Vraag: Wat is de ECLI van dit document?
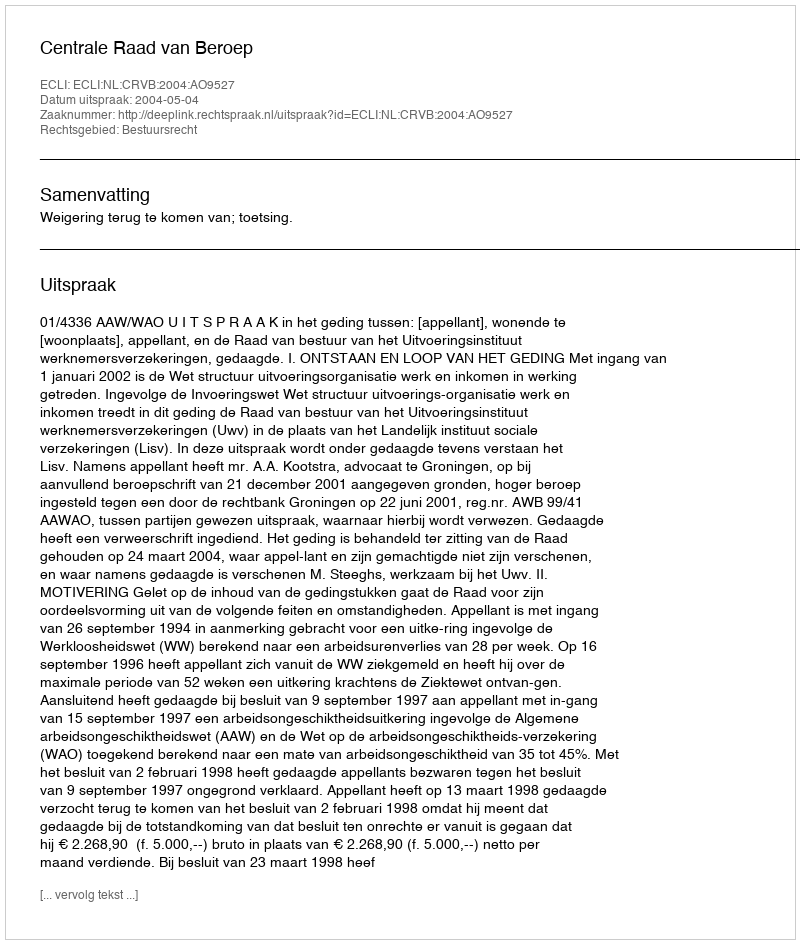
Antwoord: ECLI:NL:CRVB:2004:AO9527